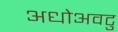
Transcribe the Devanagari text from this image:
अधोअवटु